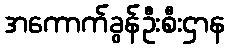
အကောက်ခွန်ဦးစီးဌာန